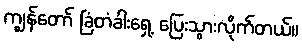
ကျွန်တော် ခြံတံခါးရှေ့ ပြေးသွားလိုက်တယ်။